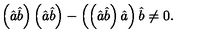
\left( \hat { a } \hat { b } \right) \left( \hat { a } \hat { b } \right) - \left( \left( \hat { a } \hat { b } \right) \hat { a } \right) \hat { b } \neq 0 .